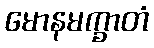
မောနမက္ခာတံ